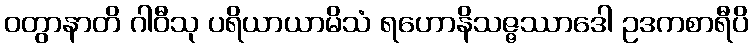
ဝတွာနာတိ ဂါဝီသု ပရိယာယာမိသံ ရဟောနိသဇ္ဇဿာဒေါ ဥဒကစာရီပိ